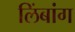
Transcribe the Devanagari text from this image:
लिंबांग